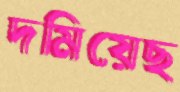
দমিয়েছ